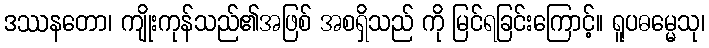
ဒဿနတော၊ ကျိုးကုန်သည်၏အဖြစ် အစရှိသည် ကို မြင်ရခြင်းကြောင့်။ ရူပဓမ္မေသု၊